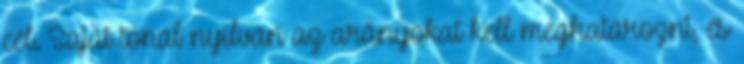
cél. Saját tónál nyílván az arányokat kell meghatározni, és